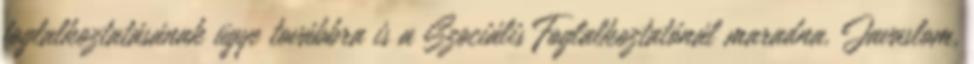
foglalkoztatásának ügye továbbra is a Szociális Foglalkoztatónál maradna. Javaslom,